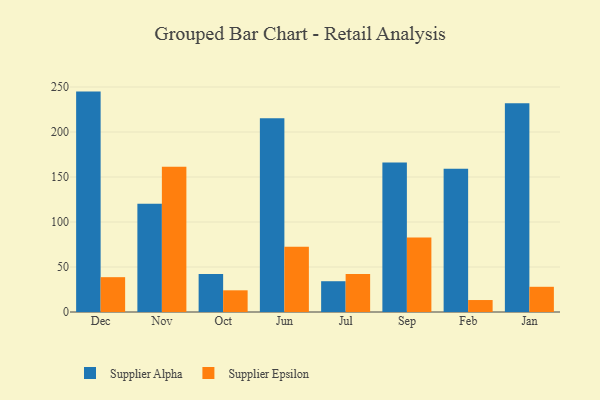
{"axis": {"x": "Month", "y": "Active Users"}, "legend": ["Supplier Alpha", "Supplier Epsilon"], "data": [{"x": "Dec", "y": 244.9, "type": "Supplier Alpha"}, {"x": "Dec", "y": 38.7, "type": "Supplier Epsilon"}, {"x": "Nov", "y": 120.2, "type": "Supplier Alpha"}, {"x": "Nov", "y": 161.5, "type": "Supplier Epsilon"}, {"x": "Oct", "y": 42.2, "type": "Supplier Alpha"}, {"x": "Oct", "y": 24.1, "type": "Supplier Epsilon"}, {"x": "Jun", "y": 215.3, "type": "Supplier Alpha"}, {"x": "Jun", "y": 72.5, "type": "Supplier Epsilon"}, {"x": "Jul", "y": 34.2, "type": "Supplier Alpha"}, {"x": "Jul", "y": 42.1, "type": "Supplier Epsilon"}, {"x": "Sep", "y": 166.0, "type": "Supplier Alpha"}, {"x": "Sep", "y": 82.8, "type": "Supplier Epsilon"}, {"x": "Feb", "y": 159.3, "type": "Supplier Alpha"}, {"x": "Feb", "y": 13.3, "type": "Supplier Epsilon"}, {"x": "Jan", "y": 232.0, "type": "Supplier Alpha"}, {"x": "Jan", "y": 28.0, "type": "Supplier Epsilon"}]}